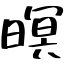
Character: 暝